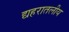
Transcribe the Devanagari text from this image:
द्यहरातलीय